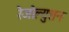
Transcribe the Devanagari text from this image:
रेजोल्युशन